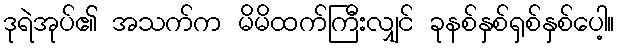
ဒုရဲအုပ်၏ အသက်က မိမိထက်ကြီးလျှင် ခုနစ်နှစ်ရှစ်နှစ်ပေါ့။